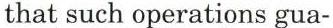
that such operations gua-